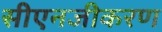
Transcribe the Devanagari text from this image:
सीएनजीकरण